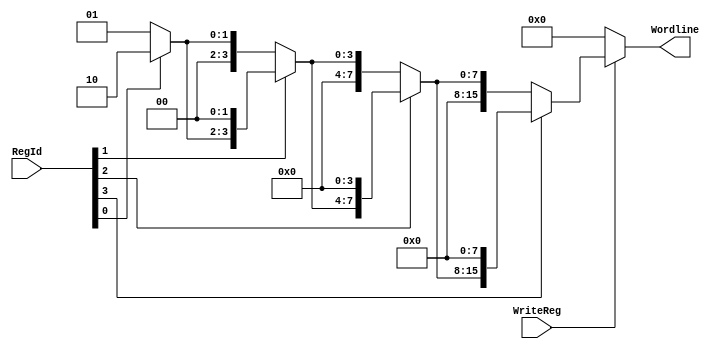
module WriteDecoder_4_16(RegId, WriteReg, Wordline);


input [3:0] RegId; 
input WriteReg;
output [15:0] Wordline;
wire [15:0] temp1, temp2, temp3, temp4;

assign temp1 = RegId[0] ? 16'h2 : 16'h1;
assign temp2 = RegId[1] ? temp1 << 2 : temp1;
assign temp3 = RegId[2] ? temp2 << 4 : temp2;
assign temp4 = RegId[3] ? temp3 << 8 : temp3;
assign Wordline = WriteReg ? temp4 : 16'b0;

endmodule